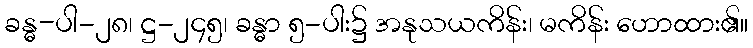
ခန္ဓ-ပါ-၂၈၊ ဋ္ဌ-၂၄၅၊ ခန္ဓာ ၅-ပါး၌ အနုသယကိန်း၊ မကိန်း ဟောထား၏။